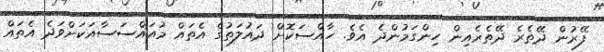
ފޭރުން ދޭތެރެ ދޭތެރެއިން ހިންގަމުންދެ އެވެ. ހާއްސަކޮށް ދައުލަތުގެ އެތައް މުއައްސަސާއަކަށްވަދެ އެތައް